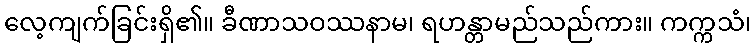
လေ့ကျက်ခြင်းရှိ၏။ ခီဏာသဝဿနာမ၊ ရဟန္တာမည်သည်ကား။ ကက္ကသံ၊